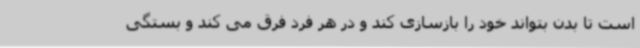
است تا بدن بتواند خود را بازسازی کند و در هر فرد فرق می کند و بستگی